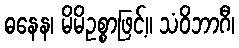
ဓနေန၊ မိမိဥစ္စာဖြင့်။ သံဝိဘာဂီ၊